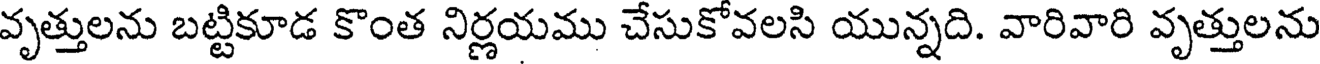
వృత్తులను బట్టికూడ కొంత నిర్ణయము చేసుకోవలసి యున్నది. వారివారి వృత్తులను